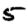
Digit: 5